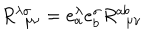
LaTeX: R _ { \ \ \mu \nu } ^ { \lambda \sigma } = e _ { a } ^ { \lambda } e _ { b } ^ { \sigma } R _ { \ \ \mu \nu } ^ { a b }